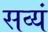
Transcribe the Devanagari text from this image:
सव्यं